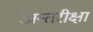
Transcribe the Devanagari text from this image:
अन्तरीक्षा